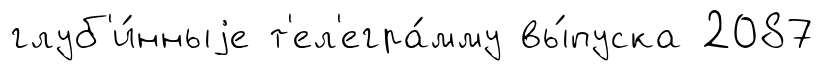
глуб'и́нныjе т'ел'егра́мму вы́пуска 2087